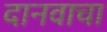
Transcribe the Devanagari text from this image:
दानवाचा